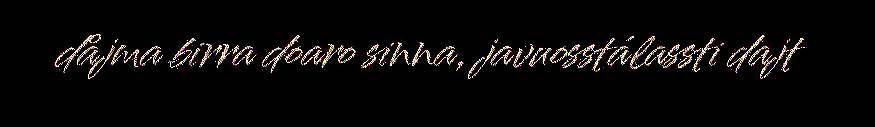
dåjma birra doaro sinna, javuosstálassti dajt